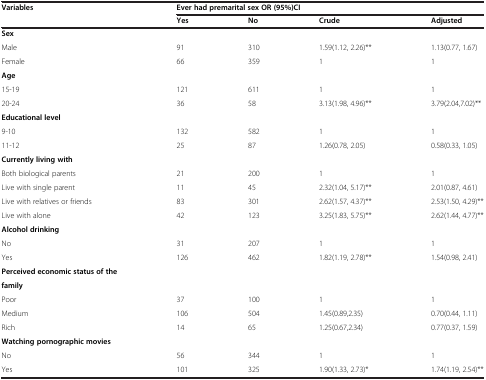
| <ROWSPAN=2> Variables | <COLSPAN=4> Ever had premarital sex OR (95%)CI |
 | Yes | No | Crude | Adjusted |
 | --- | --- | --- | --- | --- |
 | Sex |  |  |  |  |
 | Male | 91 | 310 | 1.59(1.12, 2.26)** | 1.13(0.77, 1.67) |
 | Female | 66 | 359 | 1 | 1 |
 | Age |  |  |  |  |
 | 15-19 | 121 | 611 | 1 | 1 |
 | 20-24 | 36 | 58 | 3.13(1.98, 4.96)** | 3.79(2.04,7.02)** |
 | Educational level |  |  |  |  |
 | 9-10 | 132 | 582 | 1 | 1 |
 | 11-12 | 25 | 87 | 1.26(0.78, 2.05) | 0.58(0.33, 1.05) |
 | Currently living with |  |  |  |  |
 | Both biological parents | 21 | 200 | 1 | 1 |
 | Live with single parent | 11 | 45 | 2.32(1.04, 5.17)** | 2.01(0.87, 4.61) |
 | Live with relatives or friends | 83 | 301 | 2.62(1.57, 4.37)** | 2.53(1.50, 4.29)** |
 | Live with alone | 42 | 123 | 3.25(1.83, 5.75)** | 2.62(1.44, 4.77)** |
 | Alcohol drinking |  |  |  |  |
 | No | 31 | 207 | 1 | 1 |
 | Yes | 126 | 462 | 1.82(1.19, 2.78)** | 1.54(0.98, 2.41) |
 | Perceived economic status of the |  |  |  |  |
 | family |  |  |  |  |
 | Poor | 37 | 100 | 1 | 1 |
 | Medium | 106 | 504 | 1.45(0.89,2.35) | 0.70(0.44, 1.11) |
 | Rich | 14 | 65 | 1.25(0.67,2.34) | 0.77(0.37, 1.59) |
 | Watching pornographic movies |  |  |  |  |
 | No | 56 | 344 | 1 | 1 |
 | Yes | 101 | 325 | 1.90(1.33, 2.73)* | 1.74(1.19, 2.54)** |